King Institute of Preventive Medicine Micro-Biological Section reports 1912-19
Year: 1912
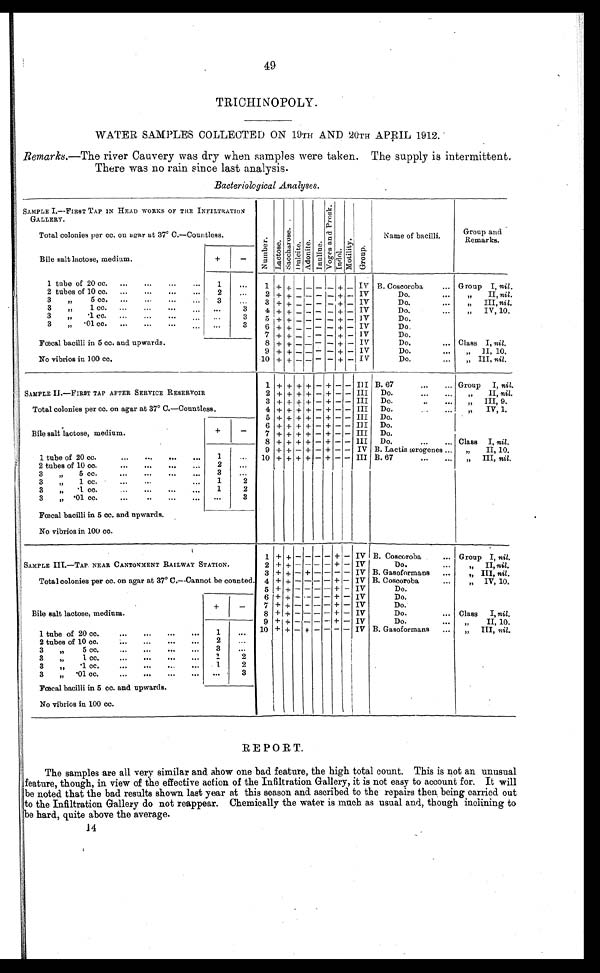
49
TRICHINOPOLY.
WATER SAMPLES COLLECTED ON 19TH AND 20TH APRIL 1912.
Remarks .—The river Cauvery was dry when samples were taken. The supply is intermittent
There was no rain since last analysis.
Bacteriological Analyses.
SAMPLE I.—FIRST TAP IN HEAD WORKS OF THE INFILTRATION
GALLERY.
Total colonies per cc. on agar at 37° C.—Countless.
Nu mb e r .
Lact os e.
Sacch
a r o s e . D u l c i t e . Adoni t e . I nul i ne .
V o g e s a n d P r o s k .
Indol.
o t i l i t y .
Group.
Name of bacilli.
Group and
Remarks.
Bile salt lactose, medium.
+
-
1 tube of 20 cc.
...
...
...
...
1
...
1 + +
-
- - - + - IV B. Coscoroba
... Group I, nil.
2 tubes of 10 cc.
...
...
...
...
2
2 + + - - - - + - IV
Do.
...
"
II, nil.
3
"
5 cc.
...
...
...
3
...
3 + + - - - - + -
IV
Do.
...
„
III, nil.
3
"
1 cc.
...
...
...
...
3
4 + + - - - - + - IV
Do.
...
,,
IV, 10.
3
„
.1 cc.
...
...
...
...
... .
..
3
5 + + - - - - + - IV
Do.
3
„
.01 cc.
...
...
...
. . . ...
3
6 + + - - - - + -
IV
Do.
7 + + - - - - +. - IV
Do.
Fœcal bacilli in 5 cc. and upwards.
No vibrios in 100 cc.
8 + + - - - - + - IV
Do.
... Class I, nil.
9 + + - - - - + -
IV
Do.
...
„
II, 10.
10 + + - - - - + - IV
Do.
...
„ III, nil .
SAMPLE II—FIRST TAP AFTER SERVICE RESERVOIR
Total colonies per cc. on agar at 37° C.—Countless.
1 + + + + - + - - III B. 67
..
... Group
I, nil.
2 + + + + - + - - III
Do.
...
II, nil.
3 + + + + - + - - III
Do.
..
...
„
III, 9.
4 + + + + - + - - III
Do.
...
„
IV, 1.
5 + + + + - + - - III
Do.
Bile salt lactose, medium.
+
-
6 + + + + - + - - III
Do.
7 + + + + - + - - III
Do.
8 + + + + - + - - III
Do.
...
... Class I, nil.
1 tube of 20 cc.
...
...
...
...
1
...
9 + + - + - + - - IV B. Lactis ærogenes ...
„
II, 10.
10 + + + + - + - - III B. 67
...
...
„
III, nil.
2 tubes of 10 co.
...
...
...
2
...
3
„
5 cc.
...
...
...
...
3
...
3
"
1. cc. ... ...
1
2
3
„
.1. cc.
...
...
...
1
2
3
„ .01 cc.
...
..
...
...
...
3
Fœcal bacilli in 5 cc. and upwards.
No vibrios in 100 cc.
SAMPLE III.—TAP NEAR CANTONMENT RAILWAY STATION.
Total colonies per cc. on agar at 37° C.—Cannot be counted.
1 + + - -
- + - IV I B. Coscoroba
... Group I, nil.
2 + + - - - - + - IV
Do.
. .
,,
II, nil.
3 + + - + - - - - IV B. Gasoformans
...
III, nil.
4 + + - -
- + - IV B. Coscoroba...
,,
,, IV, 10.
5 + + - - - - + - IV
Do.
6 + + - - - - + - IV
Do.
Bile salt lactose, medium.
+
-
7 + + - - - - + - IV
Do.
8 + + - - - - + - IV
Do.
... Class
I, nil.
9 + + - - - - + - IV
Do.
II, 10.
1
.
cc
. ... ...
1
....
.
20
of
tube
1
.. 6
10 + + - + - - - - IV B. Gasoformans
...
„
III, nil.
2tubes of 10 cc.
...
...
...
2
3
"
5 cc.
...
...
3
...
3
", 1 cc. . . . ... ... .. .
1
2
3
„
.1 cc.
...
...
...
...
1
2
3
„
.01 cc.
...
...
...
3
Fœcal bacilli in 5 cc. and upwards.
No vibrios in 100 cc.
REPORT.
The samples are all very similar and show one bad feature, the high total count. This is not an unusual
feature, though, in view of the effective action of the Infiltration Gallery, it is not easy to account for. It will
be noted that the bad results shown last year at this season and. ascribed to the repairs then being carried out
to the Infiltration Gallery do not reappear. Chemically the water is much as usual and, though inclining to
be hard, quite above the average.
1 .1